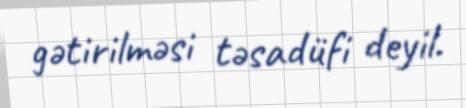
gətirilməsi təsadüfi deyil.